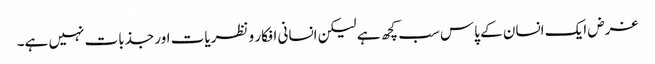
غرض ایک انسان کے پاس سب کچھ ہے لیکن انسانی افکار و نظریات اور جذبات نہیں ہے۔